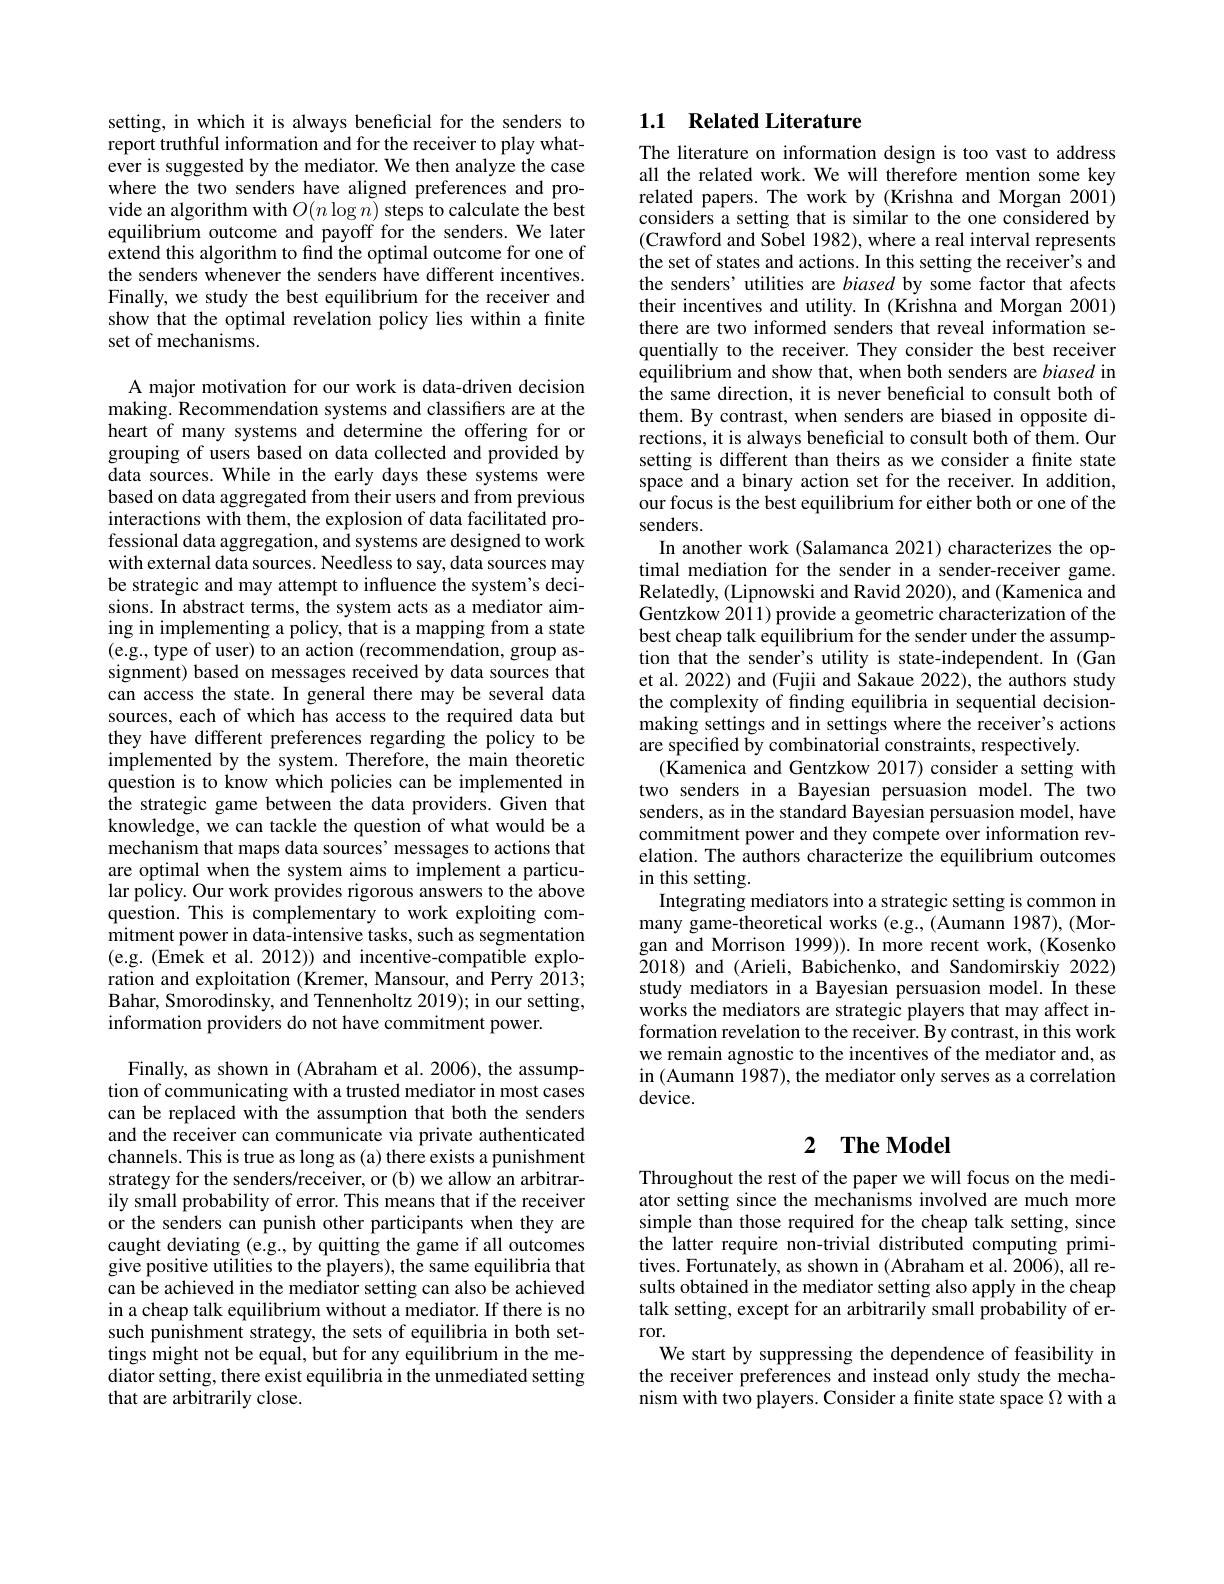
setting, in which it is always beneficial for the senders to report truthful information and for the receiver to play whatever is suggested by the mediator. We then analyze the case where the two senders have aligned preferences and provide an algorithm with $O(n\log n)$ steps to calculate the best equilibrium outcome and payoff for the senders. We later extend this algorithm to find the optimal outcome for one of the senders whenever the senders have different incentives. Finally, we study the best equilibrium for the receiver and show that the optimal revelation policy lies within a finite set of mechanisms.

A major motivation for our work is data-driven decision making. Recommendation systems and classifiers are at the heart of many systems and determine the offering for or grouping of users based on data collected and provided by data sources. While in the early days these systems were based on data aggregated from their users and from previous interactions with them, the explosion of data facilitated professional data aggregation, and systems are designed to work with external data sources. Needless to say, data sources may be strategic and may attempt to influence the system's decisions. In abstract terms, the system acts as a mediator aiming in implementing a policy, that is a mapping from a state (e.g., type of user) to an action (recommendation, group assignment) based on messages received by data sources that can access the state. In general there may be several data sources, each of which has access to the required data but they have different preferences regarding the policy to be implemented by the system. Therefore, the main theoretic question is to know which policies can be implemented in the strategic game between the data providers. Given that knowledge, we can tackle the question of what would be a mechanism that maps data sources' messages to actions that are optimal when the system aims to implement a particular policy. Our work provides rigorous answers to the above question. This is complementary to work exploiting commitment power in data-intensive tasks, such as segmentation (e.g.(Emek et al.2012)) and incentive-compatible exploration and exploitation (Kremer, Mansour, and Perry 2013; Bahar, Smorodinsky, and Tennenholtz 2019); in our setting, information providers do not have commitment power.

Finally, as shown in (Abraham et al. 2006), the assumption of communicating with a trusted mediator in most cases can be replaced with the assumption that both the senders and the receiver can communicate via private authenticated channels. This is true as long as (a) there exists a punishment strategy for the senders/receiver, or (b) we allow an arbitrarily small probability of error. This means that if the receiver or the senders can punish other participants when they are caught deviating (e.g., by quitting the game if all outcomes give positive utilities to the players), the same equilibria that can be achieved in the mediator setting can also be achieved in a cheap talk equilibrium without a mediator. If there is no such punishment strategy, the sets of equilibria in both settings might not be equal, but for any equilibrium in the mediator setting, there exist equilibria in the unmediated setting that are arbitrarily close.

# 1.1 Related Literature

The literature on information design is too vast to address all the related work. We will therefore mention some key related papers. The work by (Krishna and Morgan 2001) considers a setting that is similar to the one considered by (Crawford and Sobel 1982), where a real interval represents the set of states and actions. In this setting the receiver's and the senders' utilities are biased by some factor that afects their incentives and utility. In (Krishna and Morgan 2001) there are two informed senders that reveal information sequentially to the receiver. They consider the best receiver equilibrium and show that, when both senders are biased in the same direction, it is never beneficial to consult both of them. By contrast, when senders are biased in opposite directions, it is always beneficial to consult both of them. Our setting is different than theirs as we consider a finite state space and a binary action set for the receiver. In addition, our focus is the best equilibrium for either both or one of the senders.
In another work (Salamanca 2021) characterizes the optimal mediation for the sender in a sender-receiver game. Relatedly, (Lipnowski and Ravid 2020), and (Kamenica and Gentzkow 2011) provide a geometric characterization of the best cheap talk equilibrium for the sender under the assumption that the sender's utility is state-independent. In (Gan et al. 2022) and (Fujii and Sakaue 2022), the authors study the complexity of finding equilibria in sequential decisionmaking settings and in settings where the receiver's actions are specified by combinatorial constraints, respectively
(Kamenica and Gentzkow 2017) consider a setting with two senders in a Bayesian persuasion model. The two senders, as in the standard Bayesian persuasion model, have commitment power and they compete over information revelation. The authors characterize the equilibrium outcomes in this setting.
Integrating mediators into a strategic setting is common in many game-theoretical works (e.g., (Aumann 1987), (Morgan and Morrison 1999)). In more recent work, (Kosenko 2018) and (Arieli, Babichenko, and Sandomirskiy 2022) study mediators in a Bayesian persuasion model. In these works the mediators are strategic players that may affect information revelation to the receiver. By contrast, in this work we remain agnostic to the incentives of the mediator and, as in (Aumann 1987), the mediator only serves as a correlation device.

## 2 $\textbf{The Model}$

Throughout the rest of the paper we will focus on the mediator setting since the mechanisms involved are much more simple than those required for the cheap talk setting, since the latter require non-trivial distributed computing primitives. Fortunately, as shown in (Abraham et al. 2006), all results obtained in the mediator setting also apply in the cheap talk setting, except for an arbitrarily small probability of error.
We start by suppressing the dependence of feasibility in the receiver preferences and instead only study the mechanism with two players. Consider a finite state space $\Omega$ with a